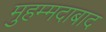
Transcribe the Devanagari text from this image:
मुहम्‍मदाबाद